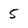
Character: 5